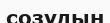
созудың